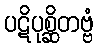
ပဋိပုစ္ဆိတဗ္ဗံ